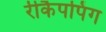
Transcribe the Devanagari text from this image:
रीकैपपिंग